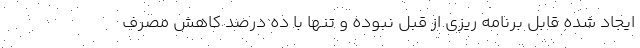
ایجاد شده قابل برنامه ریزی از قبل نبوده و تنها با ده درصد کاهش مصرف